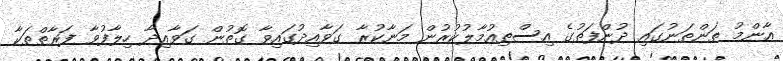
އާންމު ތަންތަނުގައި ދުންފަތުގެ އިސްތިއުމާލުކުރުން މަނާކުރާ ގަވާއިދުގައިވާ ގޮތުން ގަވާއިދާ ހިލާފުވާ ފަރާތްތަކާ